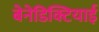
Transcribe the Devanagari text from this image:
बेनेडिक्टियाई